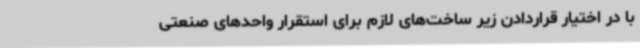
با در اختیار قراردادن زیر ساخت‌های لازم برای استقرار واحدهای صنعتی